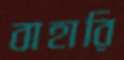
বাহারি